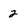
Character: 2